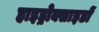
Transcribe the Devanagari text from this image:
हाइड्रोक्साइडों